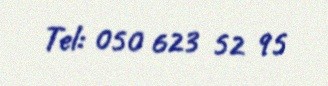
Tel: 050 623 52 95